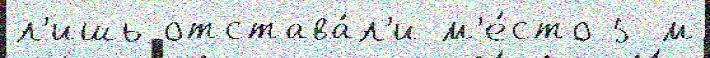
л'ишь отстава́л'и м'е́сто 5-м